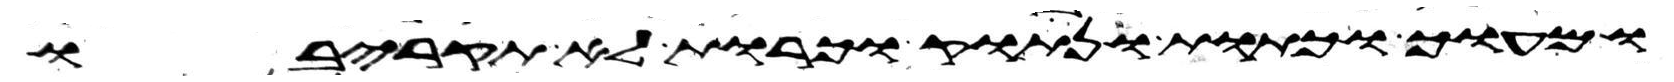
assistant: ומעוך וכתות ונתוק וכרות לא תקריבו